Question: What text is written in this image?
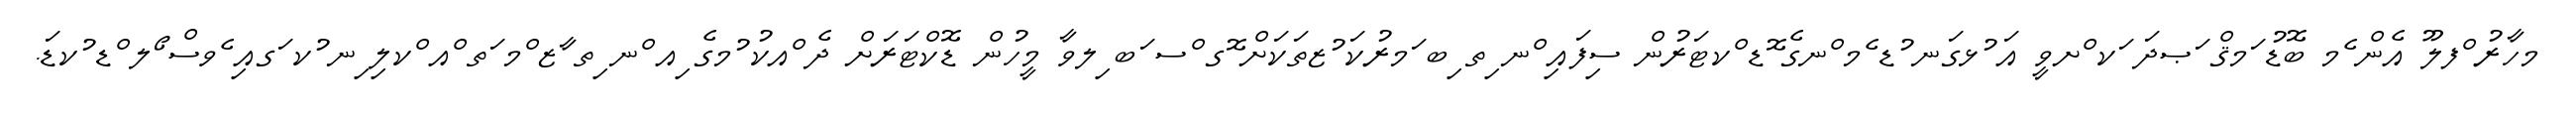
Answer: މހާރު ްފލޫ އެން ެމ ބޮޑު ަމޤް ަޞދަ ަކ ްށވީ އަ ުޅގަނ ުޑ ެމ ްނގެ ޮޑ ްކޓަރުން ސިފައި ްނ ިތ ިބ ަމރުކަ ުޒތަކަށް ޮގ ްސ ަބ ިލވާ މީހުން ޑޮކްޓަރަށް ދެ ްއކު ުމގެ ިއ ްނ ިތ ާޒ ްމ ަތ ްއ ްކލި ިނ ުކ ަގއި ެވސް ޯލ ްޑ ުކޑަ.